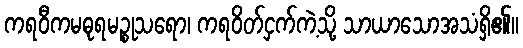
ကရဝီကမဓုရမဉ္စုသရော၊ ကရဝိတ်ငှက်ကဲ့သို့ သာယာသောအသံရှိ၏။